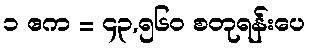
၁ ဧက = ၄၃,၅၆၀ စတုရန်းပေ